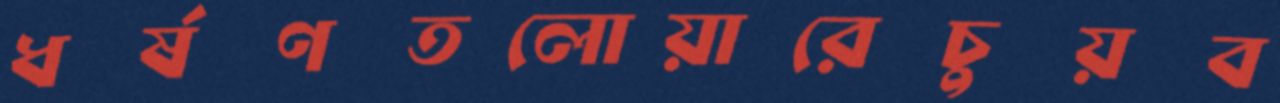
ধর্ষণতলোয়ারেচুয়ব